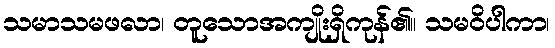
သမာသမဖလာ၊ တူသောအကျိုးရှိကုန်၏။ သမဝိပါကာ၊